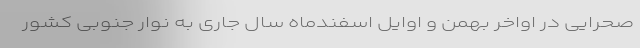
صحرایی در اواخر بهمن و اوایل اسفندماه سال جاری به نوار جنوبی کشور